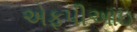
એફપીઆઇ